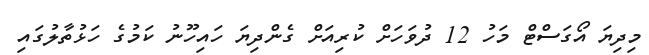
މިދިޔަ އޯގަސްޓް މަހު 12 ދުވަހަށް ކުރިއަށް ގެންދިޔަ ހައިހޫނު ކަމުގެ ހަޅުތާލުގައި